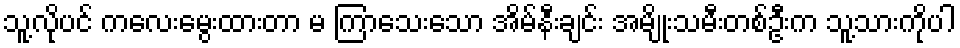
သူ့လိုပင် ကလေးမွေးထားတာ မ ကြာသေးသော အိမ်နီးချင်း အမျိုးသမီးတစ်ဦးက သူ့သားကိုပါ